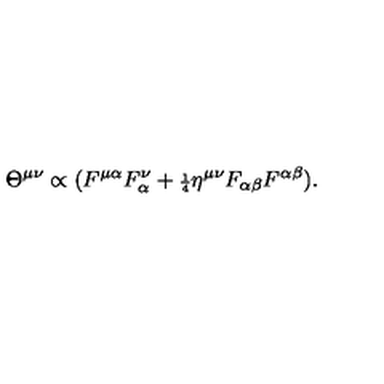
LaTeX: \Theta ^ { \mu \nu } \propto ( F ^ { \mu \alpha } F _ { \alpha } ^ { \nu } + { \scriptstyle \frac { 1 } { 4 } } \eta ^ { \mu \nu } F _ { \alpha \beta } F ^ { \alpha \beta } ) .